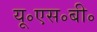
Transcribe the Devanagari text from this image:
यू॰एस॰बी॰